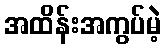
အထိန်းအကွပ်မဲ့